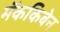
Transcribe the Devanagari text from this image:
मॅककिबेन